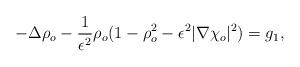
LaTeX: \begin{align*} -\Delta\rho_o - \frac{1}{\epsilon^2}\rho_o(1-\rho_o^2 -\epsilon^2|\nabla\chi_o|^2) = g_1,\end{align*}